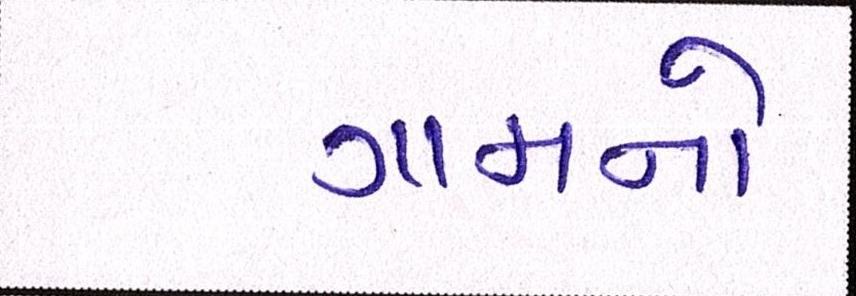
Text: ગામનો